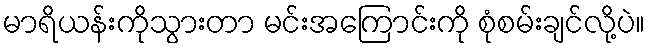
မာရိယန်းကိုသွားတာ မင်းအကြောင်းကို စုံစမ်းချင်လို့ပဲ။